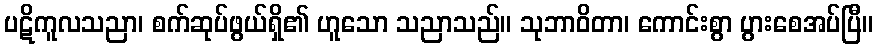
ပဋိကူလသညာ၊ စက်ဆုပ်ဖွယ်ရှိ၏ ဟူသော သညာသည်။ သုဘာဝိတာ၊ ကောင်းစွာ ပွားစေအပ်ပြီ။